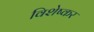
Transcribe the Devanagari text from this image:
विशेष्कर